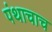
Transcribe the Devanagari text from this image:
पंथाचाच